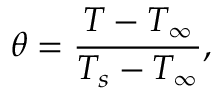
\theta = \frac { T - T _ { \infty } } { T _ { s } - T _ { \infty } } ,